Calcutta medical institutions reports 1892-1900
Year: 1892
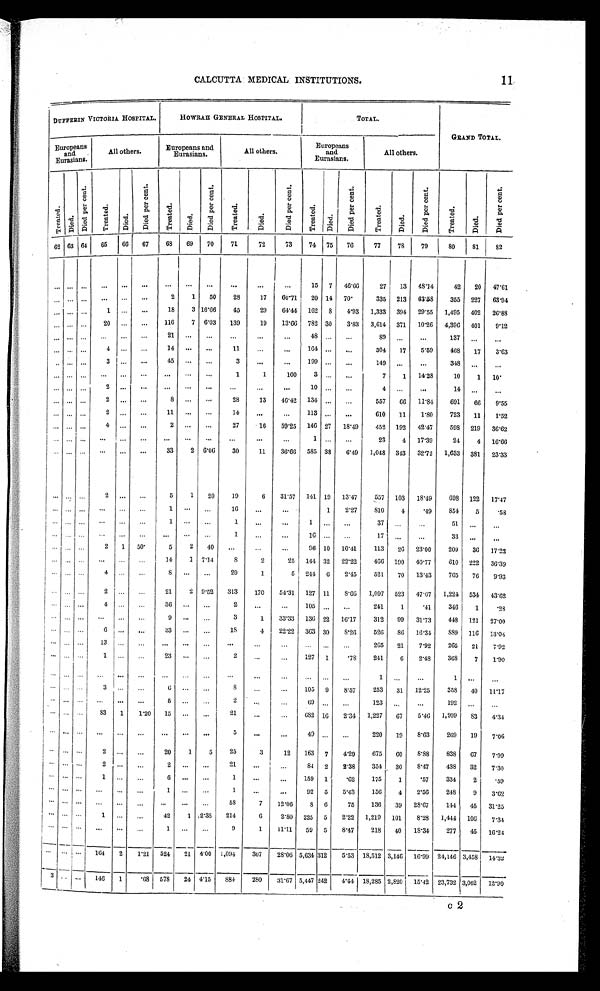
11
CALCUTTA MEDICAL INSTITUTIONS.
DUFFERIN VICTORIA HOSPITAL.
HOWRAH GENERAL HOSPITAL.
TOTAL.
GRAND TOTAL.
Europeans
and Eurasians.
All others.
Europeans and
Eurasians.
All others.
Europeans
and
Eurasians.
All others.
T r e a t e d .
D i e d .
D i e d p e r c e n t .
T r e a t e d .
D i e d .
D i e d p e r c e n t .
T r e a t e d .
D i e d .
D i e d p e r c e n t .
T r e a t e d .
D i e d .
D i e d p e r c e n t .
T r e a t e d .
D i e d .
D i e d p e r c e n t .
T r e a t e d .
D i e d .
D i e d p e r c e n t .
T r e a t e d .
D i e d .
D i e d p e r c e n t .
62 63 64
65
66
67
68
69
70
71
72
73
74
7 5 76
77
78
79
80
81
82
. . .
. . .
. . .
. . .
. . .
. . .
. . .
. . .
. . .
. . .
. . .
. . .
15
7
46.66
27
13
48.14
42
20
47.61
. . . . . .
. . .
. . .
. . .
. . .
2
1
50
28
17
60.71
20 14
70.
335
213
63.58
355
227
63.94
. . .
. . .
. . .
1
. . .
. . .
18
3 16.66
45
29
64.44
162
8
4.93
1,333
394
29.55
1,495
402
26.88
. . .
. . .
. . .
20
. . .
. . .
116
7
6.03
139
19
13.66
782 30
3.83
3,614
371
10.26
4,396
401
9.12
. . .
. . .
. . .
. . .
. . .
. . .
21
. . .
. . . . . .
. . .
. . .
48
. . . . . .
89
. . .
. . .
137
. . .. . .
. . .
. . .
. . .
4
. . .
. . .
1 4
. . .
. . .
11
. . .
. . .
164
. . .
. . .
304
17
5.59
468
17
3.63
. . .
. . .
. . .
3
. . .
. . .
45
. . .
. . .
3
. . .
. . .
199
. . .
. . .
149
. . .
. . .
348
. . .
. . .
. . .
. . .
. . .
. . .
. . .
. . .
. . .
. . .
. . .
1
1
100
3
. . .
. . .
7
1
14.28
10
1
10.
. . .
. . .
. . .
2
. . .
. . .
. . .
. . .
. . .
. . .
. . .
. . .
10
. . .
. . .
4
. . .
. . .
14
. . .
. . .
. . .
. . .
. . .
2
. . .
. . .
8
. . .
. . .
28
13
46.42
134
. . .
. . .
557
66
11.84
691
66
9.55
. . .
. . .
. . .
2
. . .
. . .
11
. . .
. . .
14
. . .
. . . 113
. . .
. . .
610
11
1.80
723
11
1.52
. . .
. . .
. . .
4
. . .
. . .
2
. . .
. . .
27
16
59.25
146 27
18.49
452
192
42.47
598
219
36.62
. . .
. . .
. . .
. . .
. . .
. . .
. . .
. . .
. . .
. . .
. . .
. . .
1
. . .
. . .
23
4
17.39
24
4
16.66
. . .
. . .
. . .
. . .
. . .
. . .
33
2
6.06
30
11
36.66
585 38
6.49
1,048
343
32.72
1,633
381
23.33
. . .
. . .
. . .
2
. . .
. . .
5
1
20
19
6
31.57
141 19
13.47
557
103
18.49
698
122
17.47
. . .
. . .
. . .
. . .
. . .
. . .
1
. . .
. . .
16
. . .
. . .
. . . 1
2.27
810
4
.49
854
5
.58
. . .
. . .
. . .
. . .
. . .
. . .
1
. . .
. . .
1
. . .
. . .
1
. . .
. . .
37
. . .
. . .
51
. . .
. . .
. . .
. . .
. . .
. . .
. . .
. . .
. . .
. . .
. . .
1
. . .
. . .
16
. . .
. . .
17
. . .
. . .
33
. . .
. . .
. . .
. . .
. . .
2
1
50.
5
2
40
. . .
. . .
. . .
96 10
10.41
113
26
23.00
209
36
17.22
. . .
. . .
. . .
. . .
. . .
. . .
14
1
7.14
8
2
25
144 32
22.22
466
190
40.77
610
222
36.39
. . .
. . .
. . .
4
. . .. . .
8
. . .
. . .
20
1
5
244 6
2.45
521
70
13.43
765
76
9.93
. . .
. . .
. . .
2
. . .. . .
21
2 9.52
313
170
54.31
127 11
8.66
1,097
523
47.67
1,224 534
43. 62
. . .
. . .
. . .
4
. . .. . .
36
. . .
. . .
2
. . .
. . . 105
. . .
. . .
241
1
.41
346
1
.28
. . .
. . .
. . .
. . .
. . .
. . .
9
. . .
. . .
3
1
33.33
136 22
16.17
312
99
31.73
448
121
27.00
. . .
. . .
. . .
6
. . .
. . .
33
. . .
. . .
18
4
22.22
363 30
8. 26
526
86
16.34
889
116
13.04
. . .
. . .
. . .
1 3
. . .
. . .
. . .
. . .
. . .
. . .
. . .
. . .
. . .
. . .
. . .
265
21
7.92
265
21
7.92
. . .
. . .
. . .
1
. . .
. . .
23
. . .
. . .
2
. . .
. . .
127
1
.78
241
6
2.48
368
7
1.90
. . .
. . .
. . .
. . .
. . .
. . .
. . .
. . .
. . .
. . .
. . . . . .
. . .
. . .. . .
1
. . .
. . .
1
. . .
. . .
. . .
. . .
. . .
3
. . .
. . .
6
. . .
. . .
8
. . .
. . .
105
9
8.57
253
31
12.25
358
40
11.17
. . .
. . .
. . .
. . .
. . .
. . .
5
. . .
. . .
2
. . .
. . .
69
. . .
. . .
123
. . .. . .
192
. . .
. . .
. . .
. . .
. . .
83
1
1.20
15
. . .
. . .
21
. . .
. . .
682 16
2.34
1,227
67
5.46
1,909
83
4.34
. . .
. . .
. . .
. . .
. . .
. . .
. . .
. . .
. . .
5
. . .
. . .
49
. . .
. . .
220
19
8.63
269
19
7.06
. . .
. . .
. . .
2
. . .
. . .
20
1
5
25
3
12
163
7
4.29
675
60
8.88
838
67
7.99
. . .
. . .
. . .
2
. . .. . .
2
. . .. . .
21
. . . . . .
84
2
2.38
354 30
8.47
438
32
7.30
. . .
. . .
. . .
1
. . .
. . .
6
. . .. . .
1
. . .
. . .
159
1
.62
175
1
.57
334
2
.59
. . .
. . .
. . .
. . .
. . .
. . .
1
. . .. . .
1
. . .
. . .
92
5
5.43
156
4
2.56
248
9
3.62
. . .
. . .
. . .
. . .
. . .
. . .
. . .
. . .
. . .
58
7
12.06
8
6
75
136
39
28.67
144
45
31.25
. . .
. . .
. . .
1
. . .
. . .
42
1
2'38
214
6
2.80
225
5
2.22
1,219
101
8.28
1,444 100
7.34
. . .
. . .
. . .
. . .
. . .
. . .
1
. . .
. . .
9
1
11.11
59
5
8.47
218
40
18.34
277
45
16.24
. . .
. . .
. . . 164
2
1.21
524
21
4.00
1,094
307
28.06 5,634 312
5.53 18,512 3,146
16.99 24,146 3,458
14.32
3
. . .
. . .
146
1
. 6 8 578
24 4.15
884
280
31.67 5,447 242
4.44 18,285 2,820
15.42 23,732 3,062
12.90
c
2